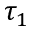
\tau _ { 1 }